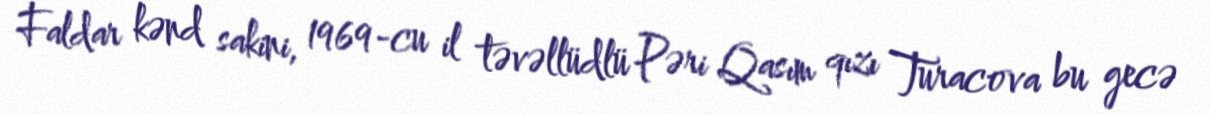
Faldar kənd sakini, 1969-cu il təvəllüdlü Pəri Qasım qızı Turacova bu gecə